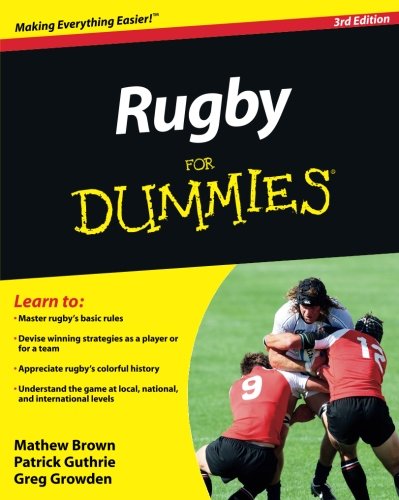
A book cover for Rugby For Dummies; Mathew Brown; Sports & Outdoors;